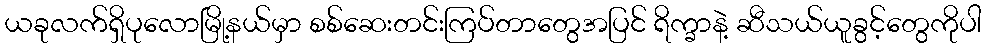
ယခုလက်ရှိပုလောမြို့နယ်မှာ စစ်ဆေးတင်းကြပ်တာတွေအပြင် ရိက္ခာနဲ့ ဆီသယ်ယူခွင့်တွေကိုပါ